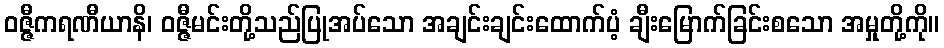
ဝဇ္ဇီကရဏီယာနိ၊ ဝဇ္ဇီမင်းတို့သည်ပြုအပ်သော အချင်းချင်းထောက်ပံ့ ချီးမြောက်ခြင်းစသော အမှုတို့ကို။